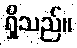
ရှိသည်။